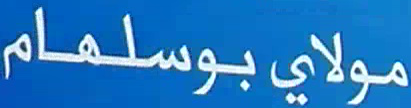
مولاي بوسلهام